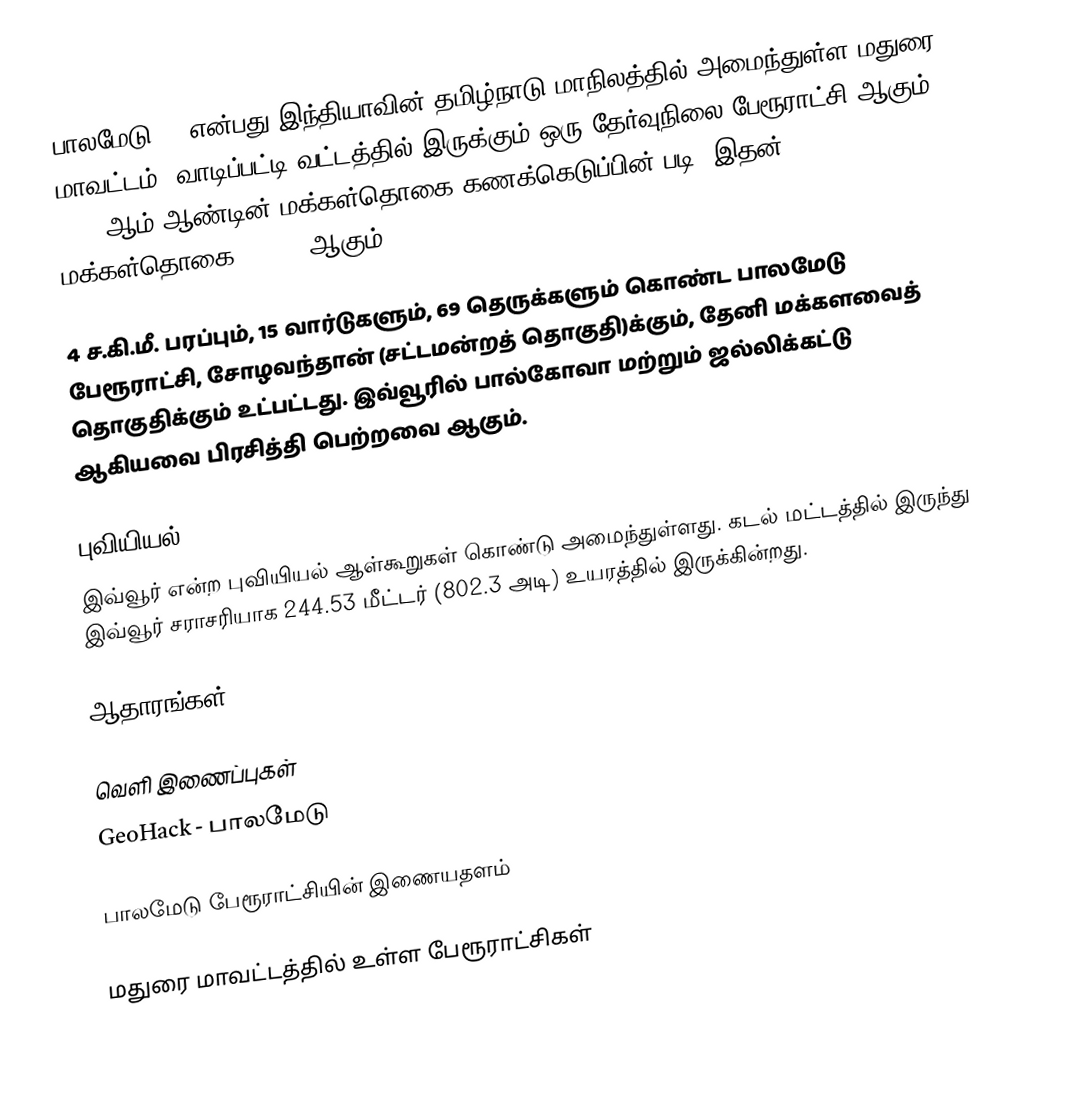
பாலமேடு () என்பது இந்தியாவின் தமிழ்நாடு மாநிலத்தில் அமைந்துள்ள மதுரை மாவட்டம், வாடிப்பட்டி வட்டத்தில் இருக்கும் ஒரு தேர்வுநிலை பேரூராட்சி ஆகும்.  2011-ஆம் ஆண்டின் மக்கள்தொகை கணக்கெடுப்பின் படி, இதன் மக்கள்தொகை 10,493 ஆகும்.

4 ச.கி.மீ. பரப்பும், 15 வார்டுகளும், 69 தெருக்களும் கொண்ட பாலமேடு பேரூராட்சி, சோழவந்தான் (சட்டமன்றத் தொகுதி)க்கும், தேனி மக்களவைத் தொகுதிக்கும் உட்பட்டது. இவ்வூரில் பால்கோவா மற்றும் ஜல்லிக்கட்டு ஆகியவை பிரசித்தி பெற்றவை ஆகும்.

புவியியல்
இவ்வூர்  என்ற புவியியல் ஆள்கூறுகள் கொண்டு அமைந்துள்ளது. கடல் மட்டத்தில் இருந்து இவ்வூர் சராசரியாக 244.53 மீட்டர் (802.3 அடி) உயரத்தில் இருக்கின்றது.

ஆதாரங்கள்

வெளி இணைப்புகள்
 GeoHack - பாலமேடு

 பாலமேடு பேரூராட்சியின் இணையதளம்

மதுரை மாவட்டத்தில் உள்ள பேரூராட்சிகள்